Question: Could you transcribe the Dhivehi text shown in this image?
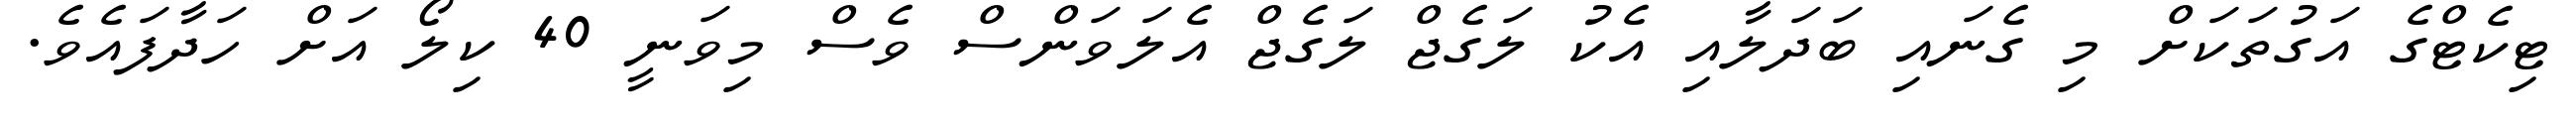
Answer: ޓިކެޓްގެ އަގުތަކަށް މި ގެނައި ބަދަލާއި އެކު ލަގެޖް ލަގެޖް އެލަވަންސް ވެސް މިވަނީ 40 ކިލޯ އަށް ހަދާފައެވެ.